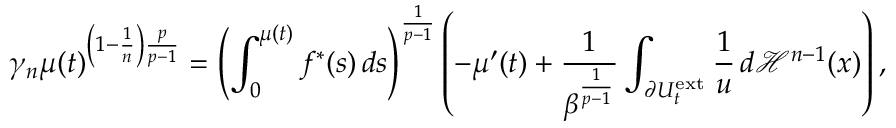
\gamma _ { n } \mu ( t ) ^ { \left( 1 - \frac { 1 } { n } \right) \frac { p } { p - 1 } } = \left( \int _ { 0 } ^ { \mu ( t ) } f ^ { \ast } ( s ) \, d s \right) ^ { \frac { 1 } { p - 1 } } \left( - \mu ^ { \prime } ( t ) + \frac { 1 } { \beta ^ { \frac { 1 } { p - 1 } } } \int _ { \partial U _ { t } ^ { \mathrm { e x t } } } \frac { 1 } { u } \, d \mathcal { H } ^ { n - 1 } ( x ) \right) ,